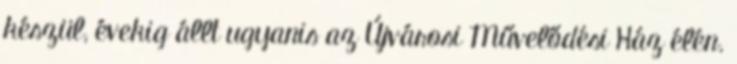
készül, évekig állt ugyanis az Újvárosi Művelődési Ház élén.